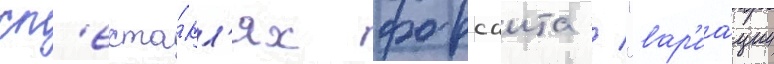
сп'екта́кл'ях форсаита / "вар'иа́ции